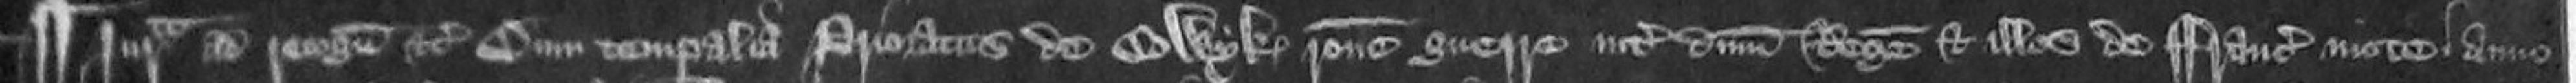
¶ Jurata ad recognoscendi etc Cum temporalia Prioratus de Colwyk ratione guerre inter dominum Regem et illos de Francie mote anno